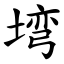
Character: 塆